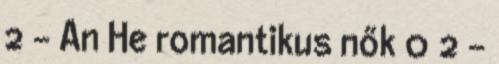
2 - An He romantikus nők 0 2 -